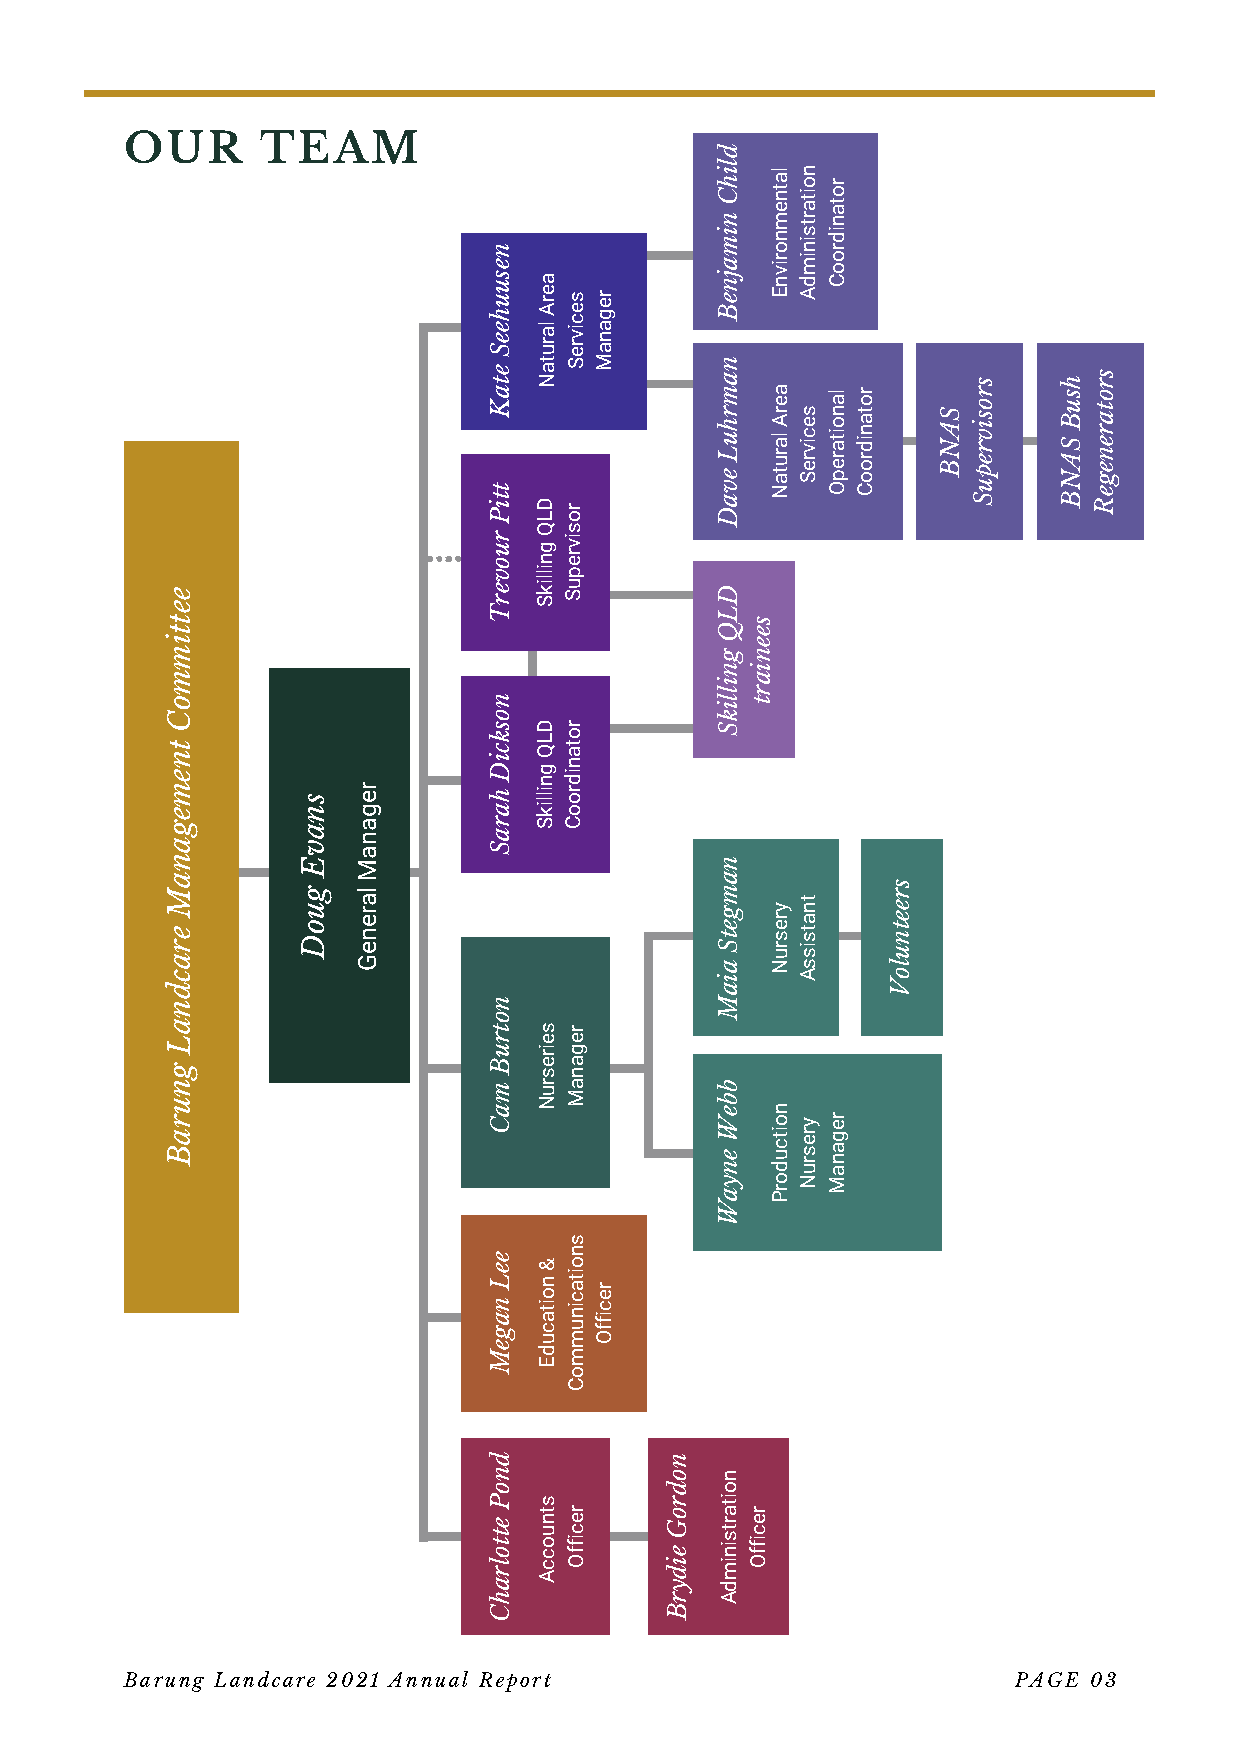
OUR      TEAM
 Barung Landcare 2021 Annual Report                         PAGE 03
 eettimmoC
 tnemeganaM
 eracdnaL
 gnuraB
 snavE
 guoD
 reganaM
 lareneG
 nesuuheeS
 etaK
 ttiP
 ruoverT
 nosdkncioDP
 heattroalSrahC
 notruB
 maC
 eeL
 nageM
 dnoP
 ettolrahC
 aerA
 larutaN
 DLQ
 gnillikS
 DLQ
 gnillikS
 seiresruN
 &
 noitacudE
 stnuoccA
 secivreS
 rosivrepuS
 rotanidrooC
 reganaM
 snoitacinummoC
 reciffO
 reganaM
 reciffO
 nodroG
 eidyrB
 dlihC
 nimajneB
 namrhuL
 evaD
 DLQ
 gnillikS
 namgetS
 aiaM
 bbeW
 enyaW
 noitartsinimdA
 seeniart
 reciffO
 latnemnorivnE
 aerA
 larutaN
 yresruN
 noitcudorP
 noitartsinimdA
 secivreS
 tnatsissA
 yresruN
 rotanidrooC
 lanoitarepO
 reganaM
 rotanidrooC
 sreetnuloV
 SANB
 srosivrepuS hsuB
 SANB
 srotarenegeR